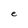
Character: e